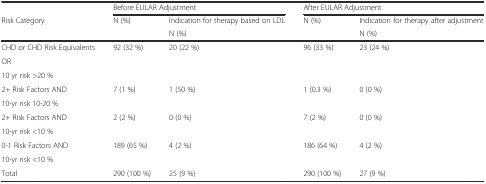
|  | <COLSPAN=2> Before EULAR Adjustment | <COLSPAN=2> After EULAR Adjustment |
 | <ROWSPAN=2> Risk Category | <ROWSPAN=2> N (%) | Indication for therapy based on LDL | <ROWSPAN=2> N (%) | Indication for therapy after adjustment |
 | N (%) | N (%) |
 | --- | --- | --- | --- | --- |
 | CHD or CHD Risk Equivalents | <ROWSPAN=3> 92 (32 %) | <ROWSPAN=3> 20 (22 %) | <ROWSPAN=3> 96 (33 %) | <ROWSPAN=3> 23 (24 %) |
 | OR |
 | 10 yr risk >20 % |
 | 2+ Risk Factors AND | <ROWSPAN=2> 7 (1 %) | <ROWSPAN=2> 1 (50 %) | <ROWSPAN=2> 1 (0.3 %) | <ROWSPAN=2> 0 (0 %) |
 | 10-yr risk 10-20 % |
 | 2+ Risk Factors AND | <ROWSPAN=2> 2 (2 %) | <ROWSPAN=2> 0 (0 %) | <ROWSPAN=2> 7 (2 %) | <ROWSPAN=2> 0 (0 %) |
 | 10-yr risk <10 % |
 | 0-1 Risk Factors AND | <ROWSPAN=2> 189 (65 %) | <ROWSPAN=2> 4 (2 %) | <ROWSPAN=2> 186 (64 %) | <ROWSPAN=2> 4 (2 %) |
 | 10-yr risk <10 % |
 | Total | 290 (100 %) | 25 (9 %) | 290 (100 %) | 27 (9 %) |